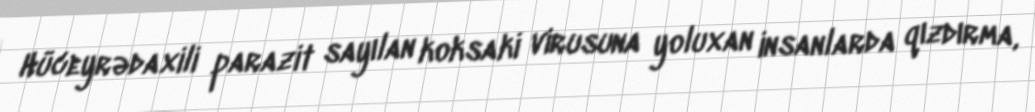
Hüceyrədaxili parazit sayılan koksaki virusuna yoluxan insanlarda qızdırma,